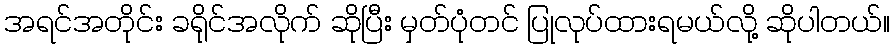
အရင်အတိုင်း ခရိုင်အလိုက် ဆိုပြီး မှတ်ပုံတင် ပြုလုပ်ထားရမယ်လို့ ဆိုပါတယ်။